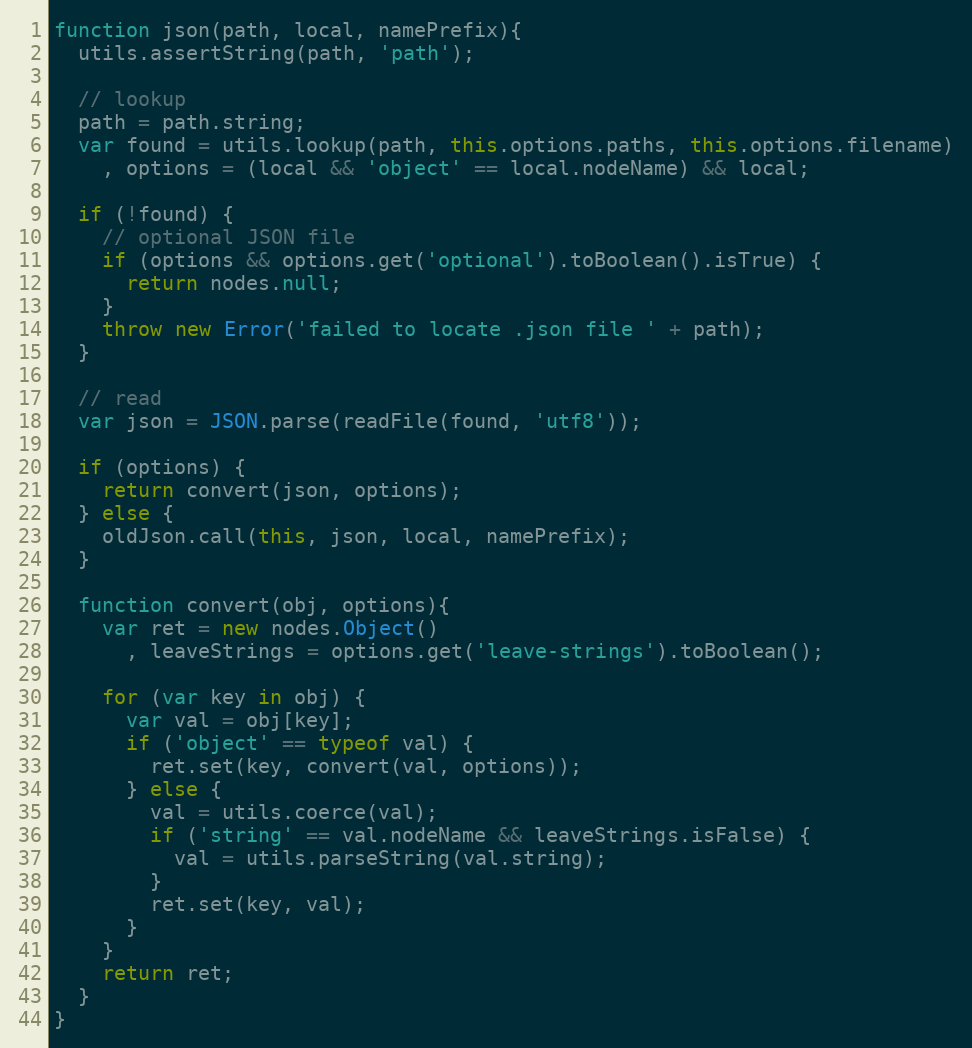
Language: JavaScript
function json(path, local, namePrefix){
  utils.assertString(path, 'path');

  // lookup
  path = path.string;
  var found = utils.lookup(path, this.options.paths, this.options.filename)
    , options = (local && 'object' == local.nodeName) && local;

  if (!found) {
    // optional JSON file
    if (options && options.get('optional').toBoolean().isTrue) {
      return nodes.null;
    }
    throw new Error('failed to locate .json file ' + path);
  }

  // read
  var json = JSON.parse(readFile(found, 'utf8'));

  if (options) {
    return convert(json, options);
  } else {
    oldJson.call(this, json, local, namePrefix);
  }

  function convert(obj, options){
    var ret = new nodes.Object()
      , leaveStrings = options.get('leave-strings').toBoolean();

    for (var key in obj) {
      var val = obj[key];
      if ('object' == typeof val) {
        ret.set(key, convert(val, options));
      } else {
        val = utils.coerce(val);
        if ('string' == val.nodeName && leaveStrings.isFalse) {
          val = utils.parseString(val.string);
        }
        ret.set(key, val);
      }
    }
    return ret;
  }
}